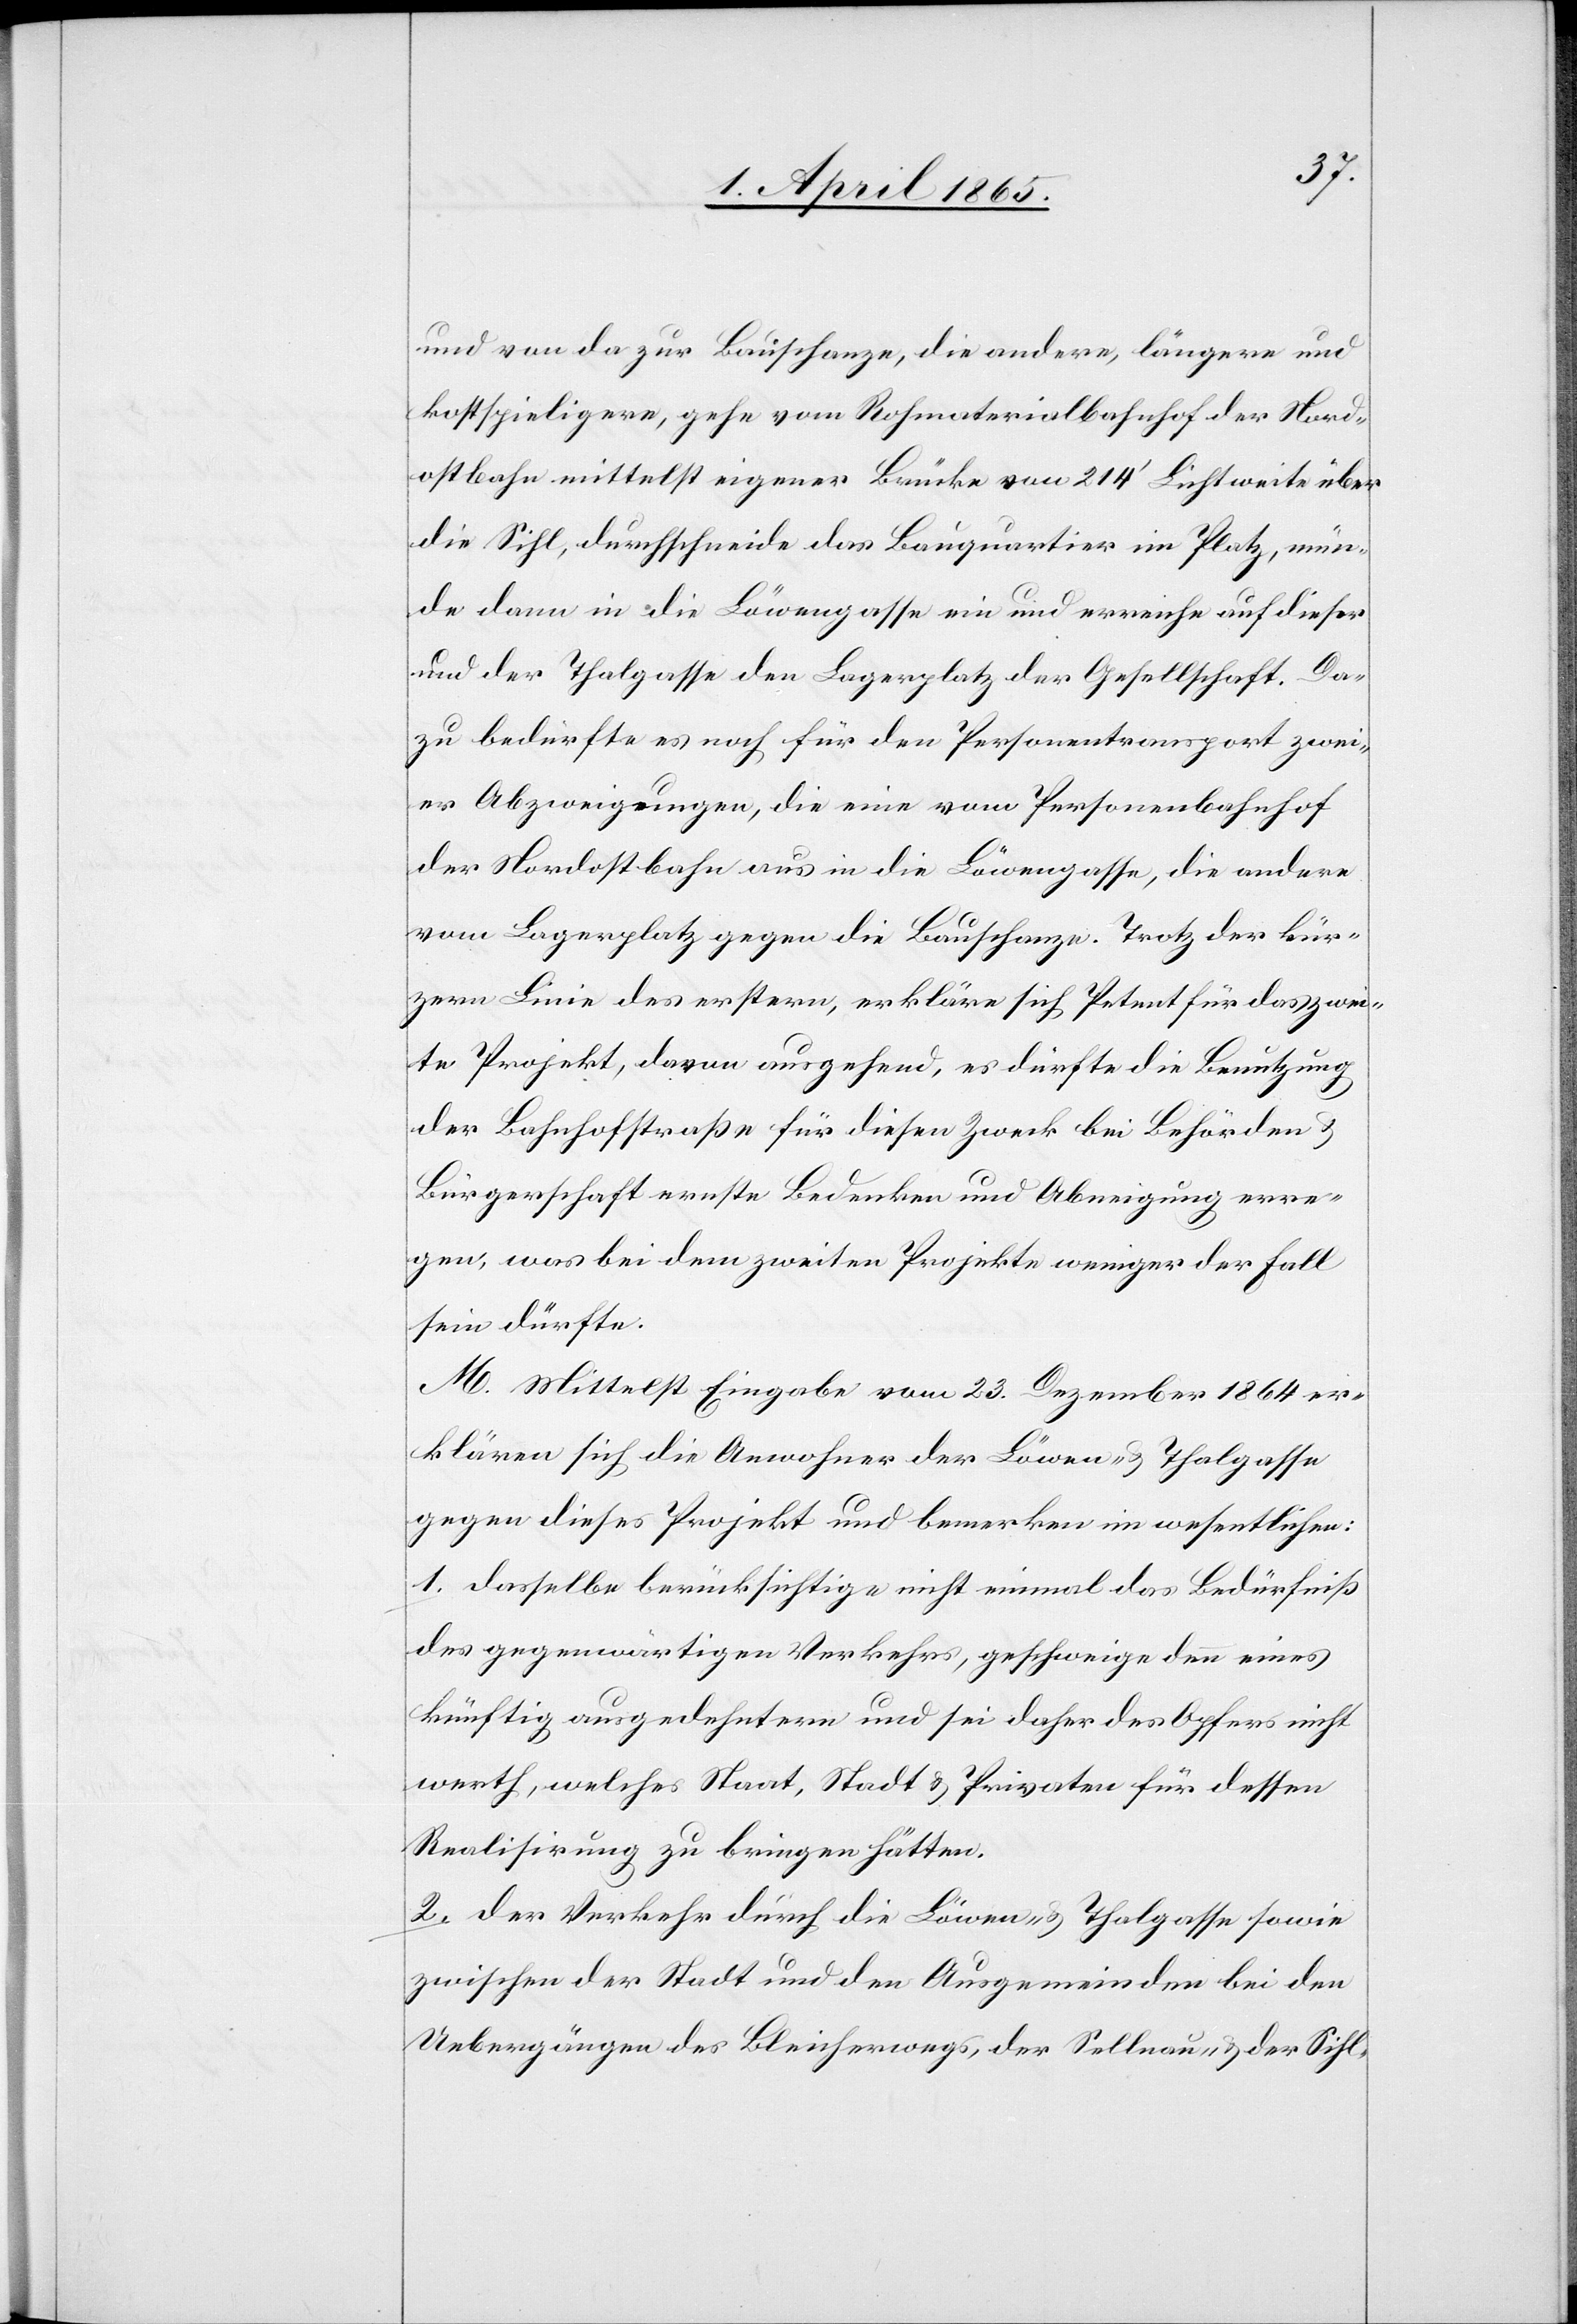
und von da zur Bauschanze, die andere, längere und
kostspieligere, gehe vom Rohmaterialbahnhof der Nord¬
ostbahn mittelst eigener Brücke von 214’ Lichtweite über
die Sihl, durchschneide das Bauquartier im Platz, mün¬
de dann in die Löwengasse ein und erreiche auf dieser
und der Thalgasse den Lagerplatz der Gesellschaft. Da¬
zu bedürfte es noch für den Personentransport zwei¬
er Abzweigungen, die eine vom Personenbahnhof
der Nordostbahn aus in die Löwengasse, die andere
vom Lagerplatz gegen die Bauschanze. Trotz der kür¬
zern Linie des erstern, erkläre sich Petent für das zwei¬
te Projekt, davon ausgehend, es dürfte die Benutzung
der Bahnhofstraße für diesen Zweck bei Behörden
Bürgerschaft ernste Bedenken und Abneigung erre¬
gen, was bei dem zweiten Projekte weniger der Fall
sein dürfte.
M. Mittelst Eingabe vom 23. Dezember 1864 er¬
klären sich die Anwohner der Löwen- & Thalgasse
gegen dieses Projekt und bemerken im wesentlichen:
1. Dasselbe berücksichtige nicht einmal das Bedürfniß
des gegenwärtigen Verkehrs, geschweige denn eines
künftig ausgedehntern und sei daher des Opfers nicht
werth, welches Staat, Stadt & Privaten für dessen
Realisirung zu bringen hätten.
2. Der Verkehr durch die Löwen- & Thalgasse sowie
zwischen der Stadt und den Ausgemeinden bei den
Uebergängen des Bleicherwegs, der Sellnau- & der Sihl-